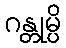
ဂန္တုမ္ပိ